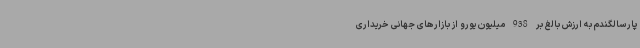
پارسالگندم به ارزش بالغ بر 938 میلیون یورو از بازارهای جهانی خریداری